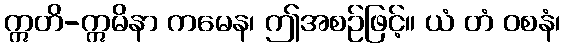
ဣတိ-ဣမိနာ ကမေန၊ ဤအစဉ်ဖြင့်။ ယံ တံ ဝစနံ၊